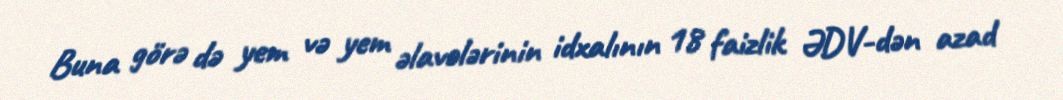
Buna görə də yem və yem əlavələrinin idxalının 18 faizlik ƏDV-dən azad